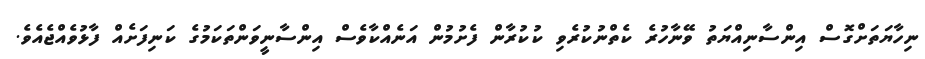
ނިހާޔަތަށްގޮސް އިންސާނިއްޔަތު ވޭނާހުރެ ކެތްނުކުރެވި ކުކުރާން ފެށުމުން އަނެއްކާވެސް އިންސާނީވަންތަކަމުގެ ކަނިފަށެއް ފާޅުވެއްޖެއެވެ.